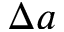
\Delta a